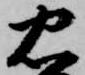
忠